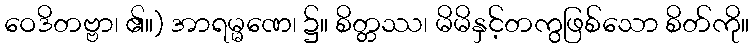
ဝေဒိတဗ္ဗာ၊ ၏။) အာရမ္မဏေ၊ ၌။ စိတ္တဿ၊ မိမိနှင့်တကွဖြစ်သော စိတ်ကို။